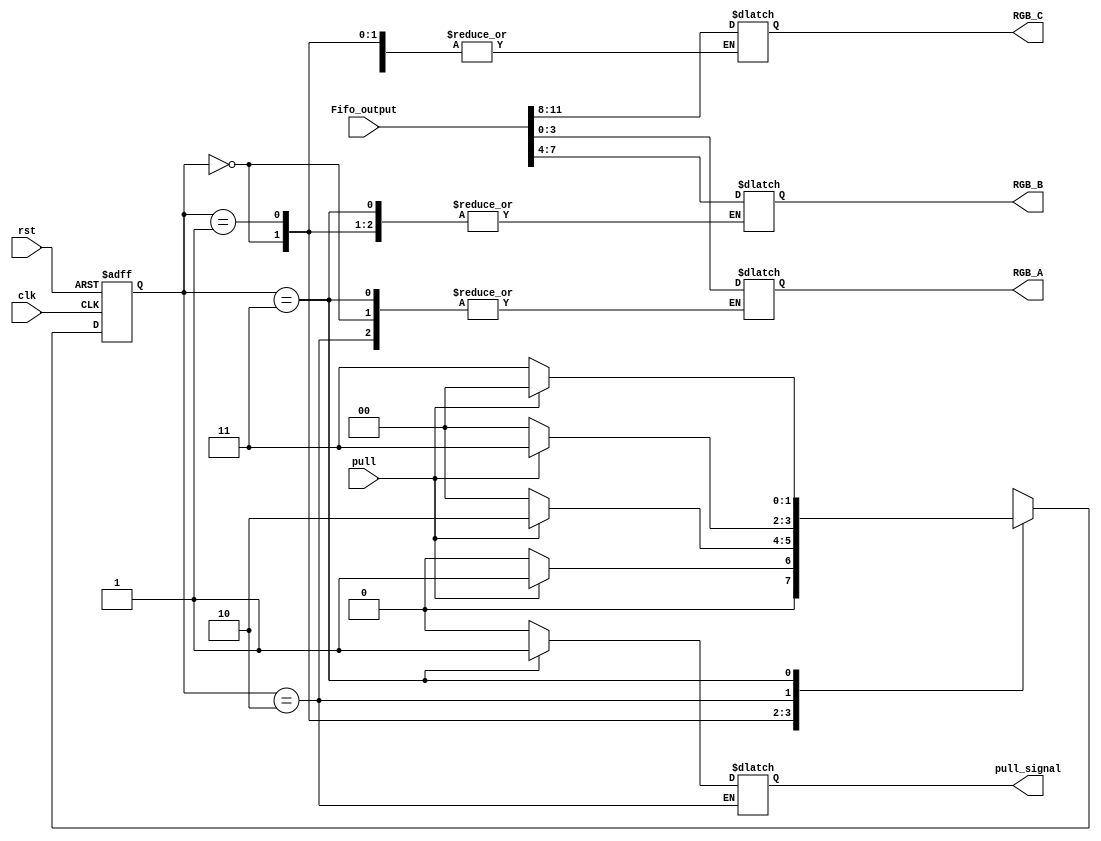
`timescale 1ns / 1ps
//////////////////////////////////////////////////////////////////////////////////
// Company: 
// Engineer: 
// 
// Design Name: 
// Module Name: Serializer
// Project Name: 
// Target Devices: 
// Tool Versions: 
// Description: 
// 
// Dependencies: 
// 
// Revision:
// Revision 0.01 - File Created
// Additional Comments:
// 
//////////////////////////////////////////////////////////////////////////////////
`define firstcycle  2'b00 
`define secondcycle 2'b01
`define thirdcycle  2'b10
`define fourthcycle 2'b11

module Serializer
#(parameter width = 12)
                (
                input clk,
                input rst,
                input pull,
                input [width-1:0] Fifo_output,
                output reg [3:0] RGB_A, RGB_B, RGB_C,
                output reg pull_signal
                ); 

reg [1:0] state;
reg [1:0] next_state;

always@(posedge clk or posedge rst)
    if (rst) 
        state = `firstcycle; 
    else 
        state = next_state; 
        
always@(pull or state)
begin
   case (state)
        `firstcycle:
            begin 
                if(pull)
                    next_state = `secondcycle;
                else
                    next_state = `firstcycle;
            end 
        `secondcycle:
            begin 
                if(pull)
                    next_state = `thirdcycle;
                else
                    next_state = `firstcycle;    
            end 
        `thirdcycle: 
            begin 
                if (pull)
                    next_state = `fourthcycle;
                else
                    next_state = `firstcycle;
            end
         `fourthcycle:
            begin
                if(pull)
                    next_state = `firstcycle;
                else
                    next_state = `fourthcycle;    
            end
      endcase
end         

always@(state)
begin
    case(state)
        `firstcycle:            pull_signal = 1'b0;
        `secondcycle: begin     
                                pull_signal = 1'b0; 
                                RGB_A = Fifo_output[3:0];
                      end
        `thirdcycle:            RGB_B = Fifo_output[7:4];
        `fourthcycle:  begin
                 RGB_C = Fifo_output[11:8];
                 pull_signal = 1'b1;
                 end
    endcase
end                           
            
                         


endmodule